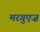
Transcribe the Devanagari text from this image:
मरगुएज़